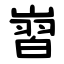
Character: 㠄